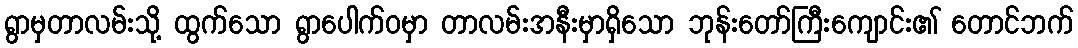
ရွာမှတာလမ်းသို့ ထွက်သော ရွာပေါက်ဝမှာ တာလမ်းအနီးမှာရှိသော ဘုန်းတော်ကြီးကျောင်း၏ တောင်ဘက်